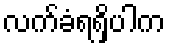
လက်ခံရရှိပါက